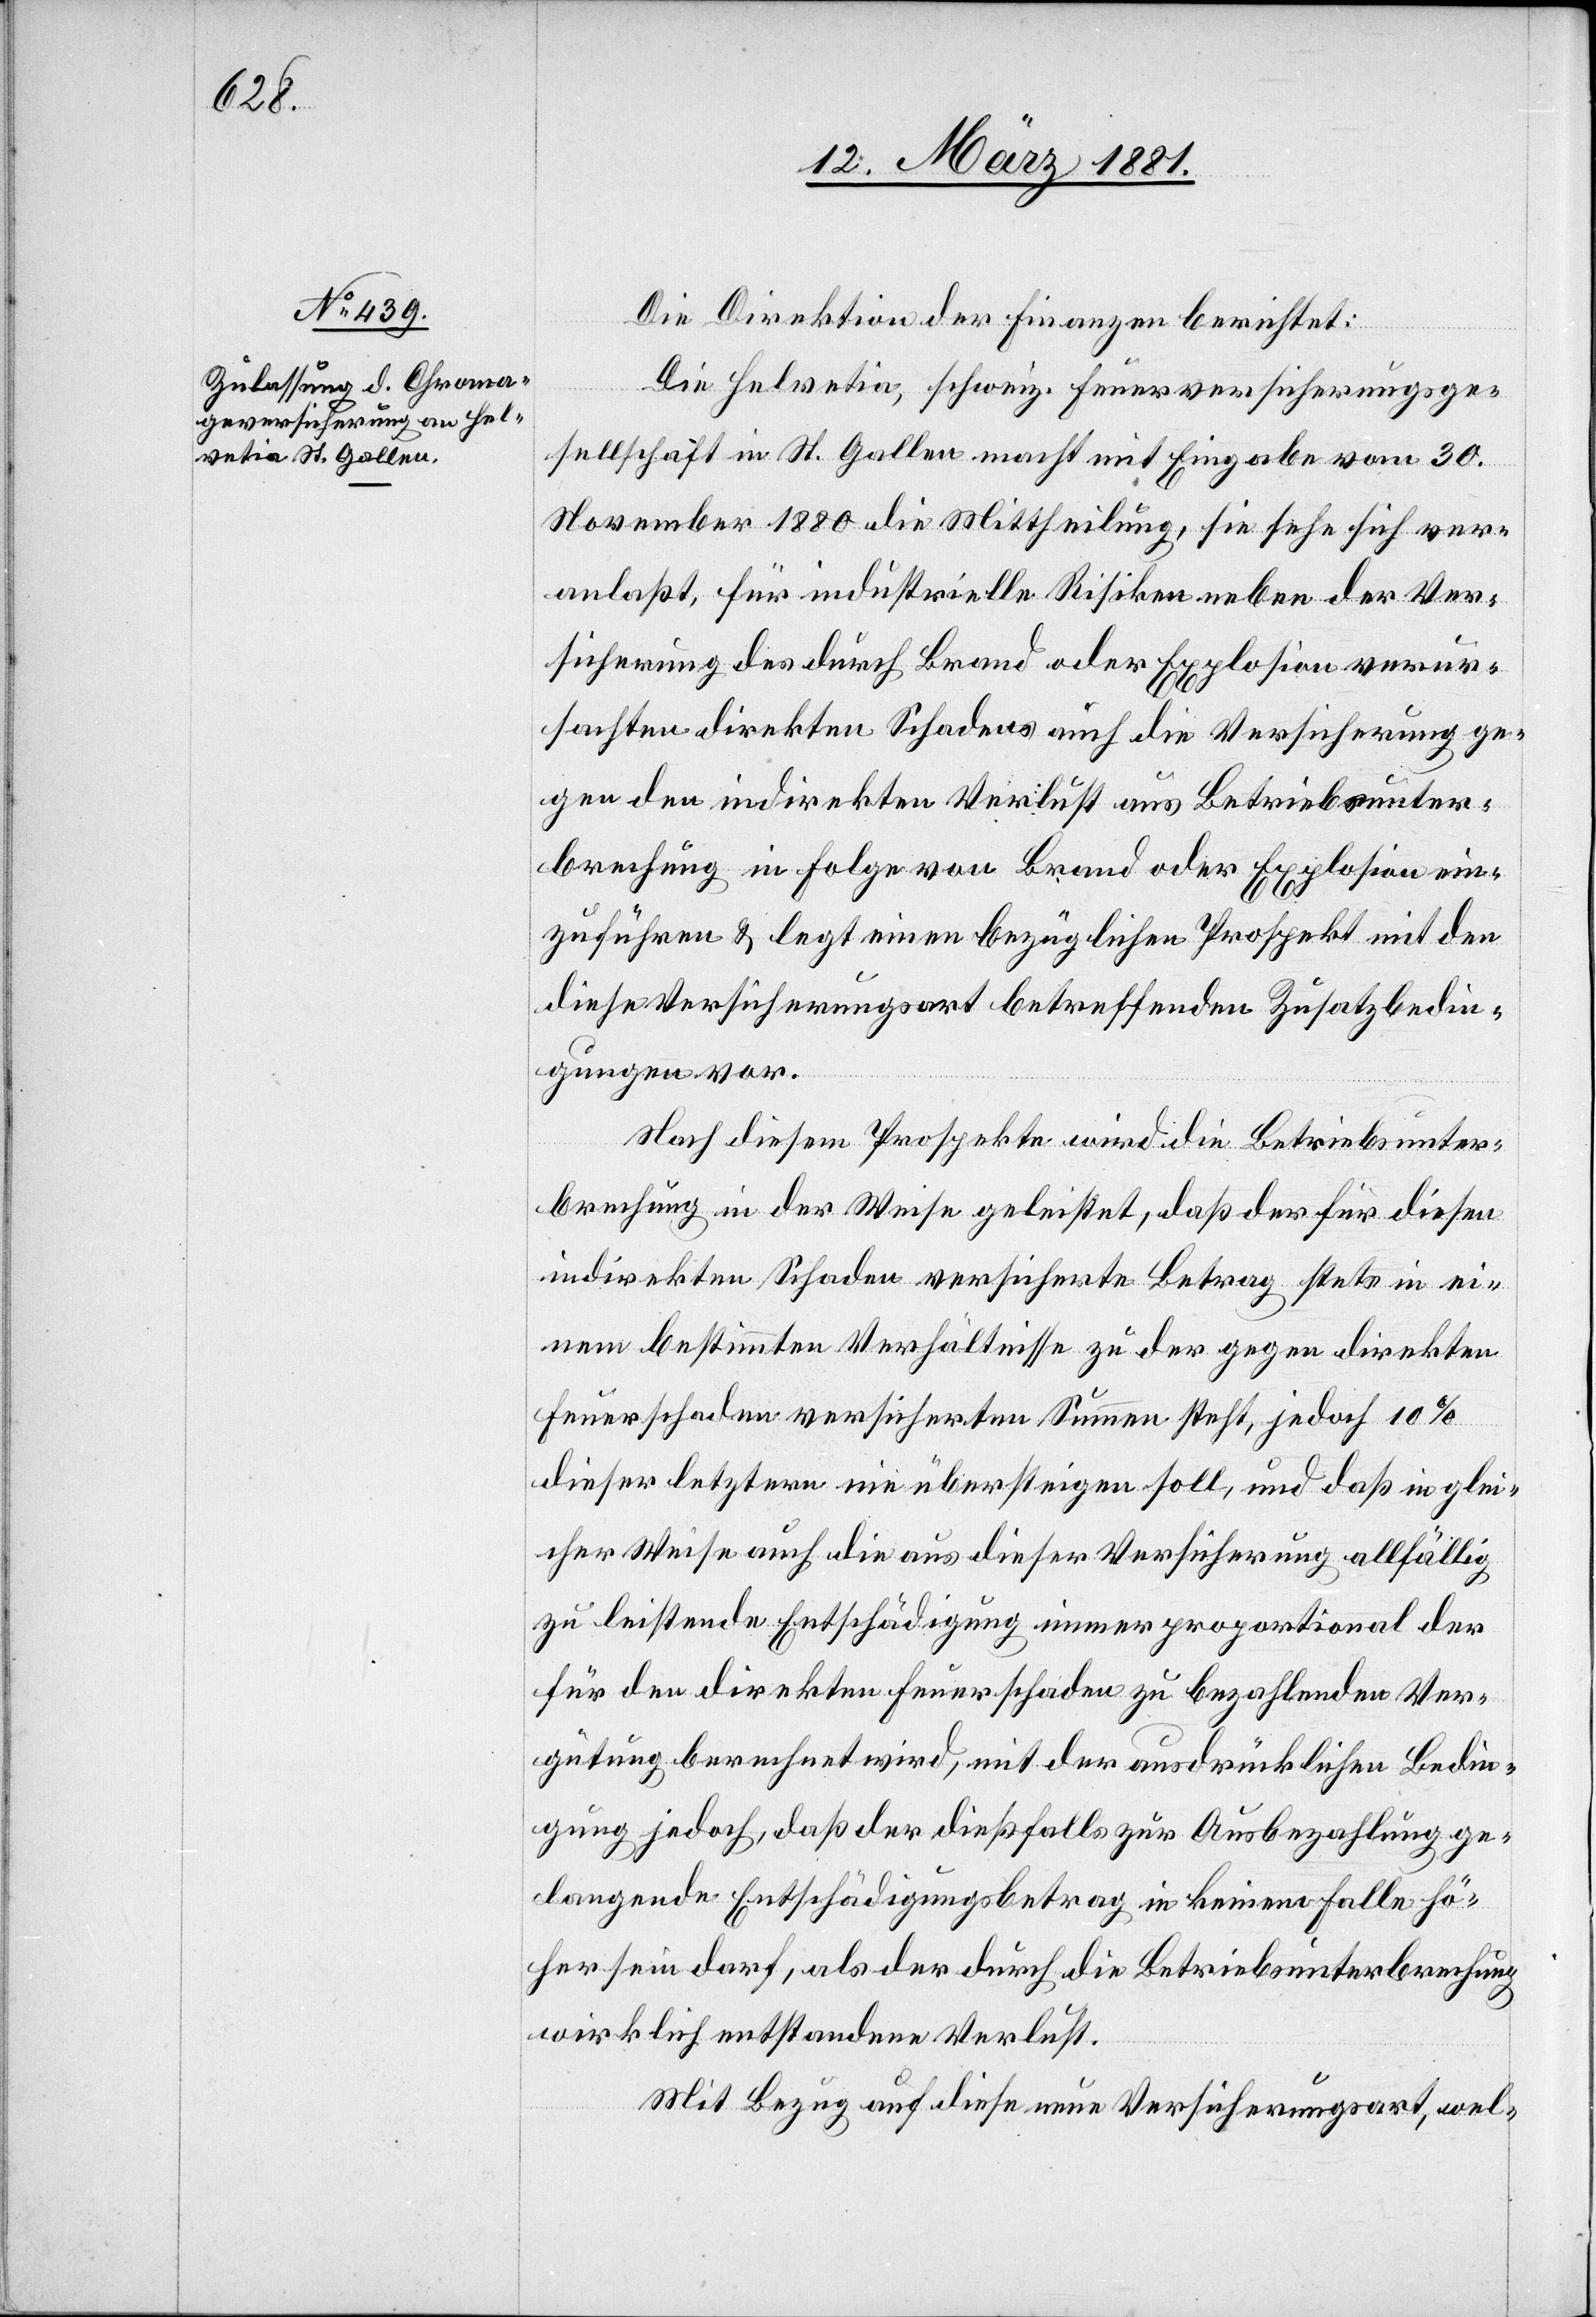
Die Direktion der Finanzen berichtet:
Die Helvetia schweiz. Feuerversicherungsge¬
sellschaft in St. Gallen macht mit Eingabe vom 30.
November 1880 die Mittheilung, sie sehe sich ver¬
anlaßt, für industrielle Risiken neben der Ver¬
sicherung des durch Brand oder Explosion verur¬
sachten direkten Schadens auch die Versicherung ge¬
gen den indirekten Verlust aus Betriebsunter¬
brechung in Folge von Brand oder Explosion ein¬
zuführen & legt einen bezüglichen Prospekt mit den
diese Versicherungsart betreffenden Zusatzbedin¬
gungen vor.
Nach diesem Prospekte wird die Betriebsunter¬
brechung in der Weise geleistet, daß der für diesen
indirekten Schaden versicherte Betrag stets in ei¬
nem bestimmten Verhältnisse zu der gegen direkten
Feuerschaden versicherten Summen steht, jedoch 10%
dieser letztern nie übersteigen soll, und daß in glei¬
cher Weise auch die aus dieser Versicherung allfällig
zu leistende Entschädigung immer proportional der
für den direkten Feuerschaden zu bezahlenden Ver¬
gütung berechnet wird, mit der ausdrücklichen Bedin¬
gung jedoch, daß der dießfalls zur Ausbezahlung ge¬
langende Entschädigungsbetrag in keinem Falle hö¬
her sein darf, als der durch die Betriebsunterbrechung
wirklich entstandene Verlust.
Mit Bezug auf diese neue Versicherungsart, wel-